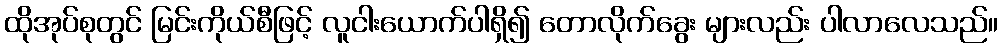
ထိုအုပ်စုတွင် မြင်းကိုယ်စီဖြင့် လူငါးယောက်ပါရှိ၍ တောလိုက်ခွေး များလည်း ပါလာလေသည်။